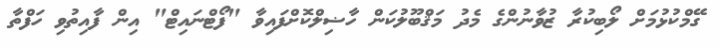
ގޭމްކުޅުމަށް ލޯބިކުރާ ޒުވާނުންގެ މެދު މަޤްބޫލުކަން ހާޟިލްކޮށްފައިވާ "ފޯޓްނައިޓް" އިން ފާއިތުވި ހަފްތާ